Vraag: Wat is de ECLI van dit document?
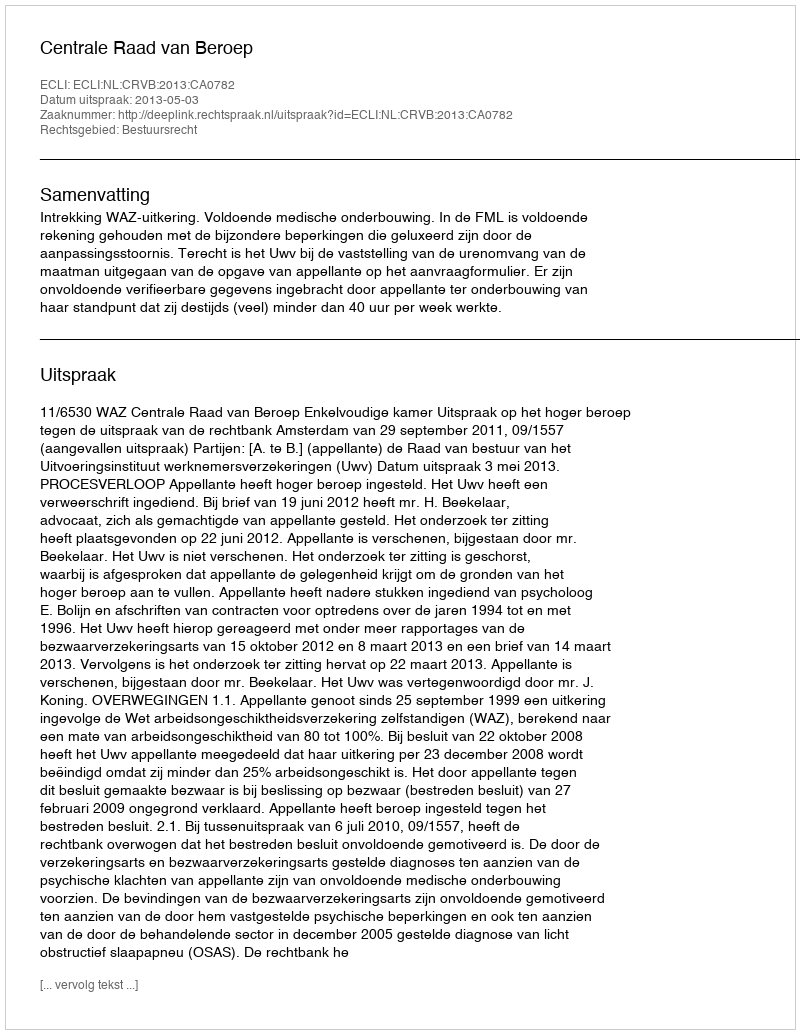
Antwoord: ECLI:NL:CRVB:2013:CA0782